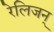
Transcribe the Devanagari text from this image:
रेलिजन्